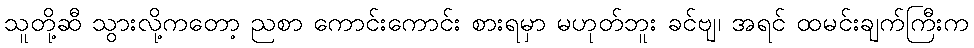
သူတို့ဆီ သွားလို့ကတော့ ညစာ ကောင်းကောင်း စားရမှာ မဟုတ်ဘူး ခင်ဗျ၊ အရင် ထမင်းချက်ကြီးက